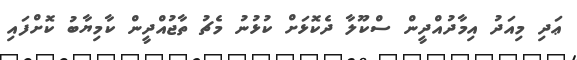
ޢަދި މިއަދު އިމާދުއްދީން ސްކޫލާ ދެކޮޅަށް ކުޅުނު މެޗު ތާޖުއްދީން ކާމިޔާބު ކޮށްފައި